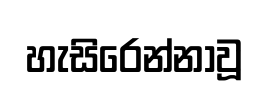
හැසිරෙන්නාවූ